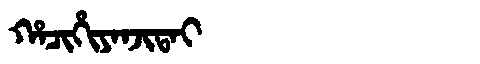
Manchu: ᡥᠠᠴᡳᡥᡳᠶᠠᠨᠵᡳᡨᠠᡳ
Romanization: HACIHIYANJITAI